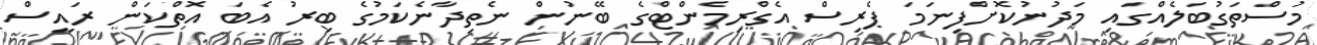
މުސްތަގުބަލެއްގައި މަދުނުކޮށްފިނަމަ ޕެރިސް އެގްރިމެންޓްގެ ބޭނުން ނެތިދާނެކަމުގެ ބިރު އެބަ އޮތްކަން ރައީސް